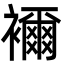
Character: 襧